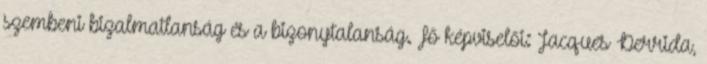
szembeni bizalmatlanság és a bizonytalanság. Fő képviselői: Jacques Derrida,